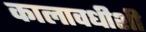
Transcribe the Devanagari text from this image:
कालावधीशी